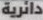
دائرية